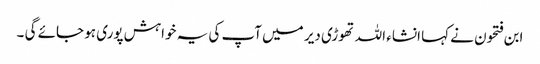
ابن فتحون نے کہا انشاء اللہ تھوڑی دیر میں آپ کی یہ خواہش پوری ہو جائے گی ۔